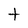
Character: t